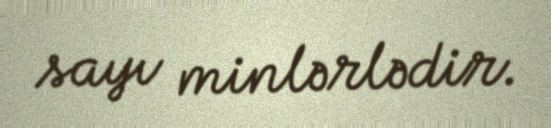
sayı minlərlədir.